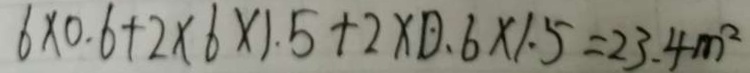
6 \times 0 . 6 + 2 \times 6 \times 1 . 5 + 2 \times 0 . 6 \times 1 . 5 = 2 3 . 4 m ^ { 2 }